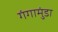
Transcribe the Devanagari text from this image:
गंगामुंडा